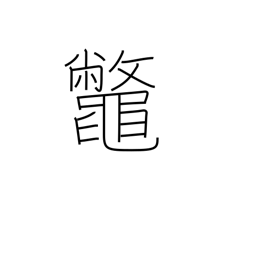
Meaning: snapping turtle